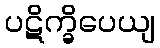
ပဋိက္ခိပေယျ